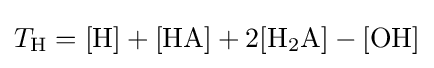
T_{\mathrm {H} }=\mathrm {[H]+[HA]+2[H_{2}A]-[OH]}